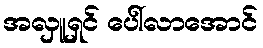
အလှူရှင် ပေါ်လာအောင်